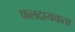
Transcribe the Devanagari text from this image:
फलदायकता